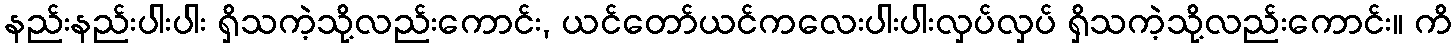
နည်းနည်းပါးပါး ရှိသကဲ့သို့လည်းကောင်း, ယင်တော်ယင်ကလေးပါးပါးလှပ်လှပ် ရှိသကဲ့သို့လည်းကောင်း။ ကိ